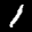
Label: 1